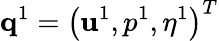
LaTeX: {\mathbf q}^{1}=\left({\mathbf u}^{1},p^{1},\eta^{1}\right)^{T}